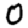
Digit: 0